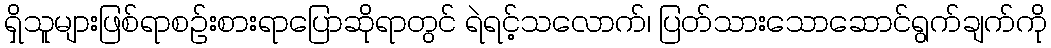
ရှိသူများဖြစ်ရာစဉ်းစားရာပြောဆိုရာတွင် ရဲရင့်သလောက်၊ ပြတ်သားသောဆောင်ရွက်ချက်ကို